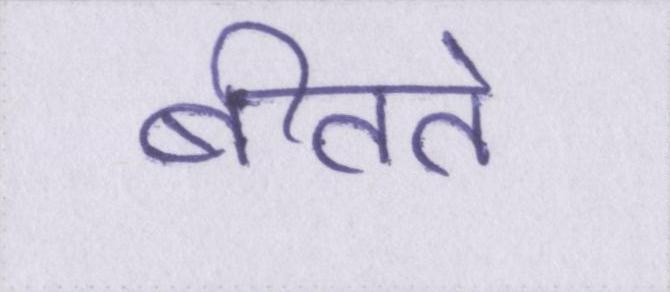
बीतते